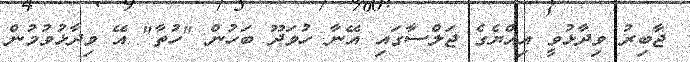
ޖާބިރު ވިދާޅުވީ އިއްޔެގެ ޖަލްސާގައި އޭނާ ހުވަދޫ ބަހުން "ހުތާ" އޭ ވިދާޅުވުމުން